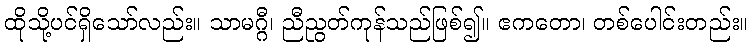
ထိုသို့ပင်ရှိသော်လည်း။ သာမဂ္ဂီ၊ ညီညွတ်ကုန်သည်ဖြစ်၍။ ဧကတော၊ တစ်ပေါင်းတည်း။